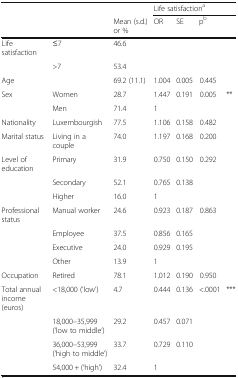
|  |  |  | <COLSPAN=4> Life satisfactiona |
 |  |  | Mean (s.d.) or % | OR | SE | pb |  |
 | --- | --- | --- | --- | --- | --- | --- |
 | Life satisfaction | ≤7 | 46.6 |  |  |  |  |
 |  | >7 | 53.4 |  |  |  |  |
 | Age |  | 69.2 (11.1) | 1.004 | 0.005 | 0.445 |  |
 | Sex | Women | 28.7 | 1.447 | 0.191 | 0.005 | ** |
 |  | Men | 71.4 | 1 |  |  |  |
 | Nationality | Luxembourgish | 77.5 | 1.106 | 0.158 | 0.482 |  |
 | Marital status | Living in a couple | 74.0 | 1.197 | 0.168 | 0.200 |  |
 | Level of education | Primary | 31.9 | 0.750 | 0.150 | 0.292 |  |
 |  | Secondary | 52.1 | 0.765 | 0.138 |  |  |
 |  | Higher | 16.0 | 1 |  |  |  |
 | Professional status | Manual worker | 24.6 | 0.923 | 0.187 | 0.863 |  |
 |  | Employee | 37.5 | 0.856 | 0.165 |  |  |
 |  | Executive | 24.0 | 0.929 | 0.195 |  |  |
 |  | Other | 13.9 | 1 |  |  |  |
 | Occupation | Retired | 78.1 | 1.012 | 0.190 | 0.950 |  |
 | Total annual income (euros) | <18,000 (‘low’) | 4.7 | 0.444 | 0.136 | <.0001 | *** |
 |  | 18,000–35,999 (‘low to middle’) | 29.2 | 0.457 | 0.071 |  |  |
 |  | 36,000–53,999 (‘high to middle’) | 33.7 | 0.729 | 0.110 |  |  |
 |  | 54,000 + (‘high’) | 32.4 | 1 |  |  |  |